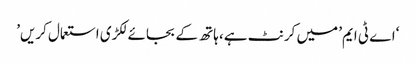
‘اے ٹی ایم’ میں کرنٹ ہے، ہاتھ کے بجائے لکڑی استعمال کریں’